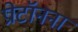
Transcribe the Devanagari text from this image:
प्रोटॉनना